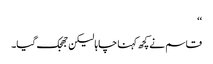
‘‘
قاسم نے کچھ کہنا چاہا لیکن جھجک گیا۔